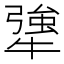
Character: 犟